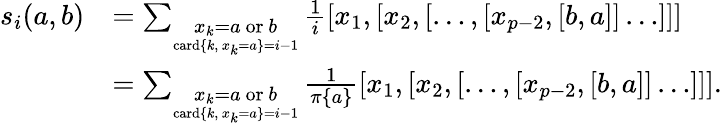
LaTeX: \begin{array}{rl}{s_{i}(a,b)}&{=\sum_{\underset{\mathrm{card}\{ k,~x_{k}=a\} =i-1}{x_{k}=a\mathrm{~or~}b}}\frac{1}{i}[x_{1},[x_{2},[\dots,[x_{p-2},[b,a]]\dots]]]}\\ &{=\sum_{\underset{\mathrm{card}\{ k,~x_{k}=a\} =i-1}{x_{k}=a\mathrm{~or~}b}}\frac{1}{\pi\{ a\} }[x_{1},[x_{2},[\dots,[x_{p-2},[b,a]]\dots]]].}\end{array}